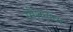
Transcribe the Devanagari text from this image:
स्मैशनोवा